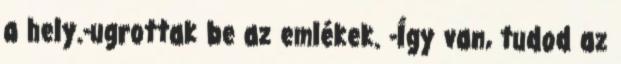
a hely.-ugrottak be az emlékek. -Így van, tudod az